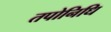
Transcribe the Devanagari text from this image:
तपोनिधि